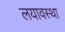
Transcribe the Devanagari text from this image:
लयावस्था